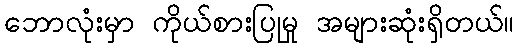
ဘောလုံးမှာ ကိုယ်စားပြုမှု အများဆုံးရှိတယ်။